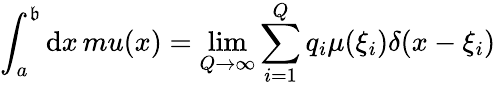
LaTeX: \int_{a}^{\mathfrak{b}}\mathrm{{d}}x\, mu(x)=\operatorname*{lim}_{Q\rightarrow\infty}\sum_{i=1}^{Q}q_{i}\mu(\xi_{i})\delta(x-\xi_{i})